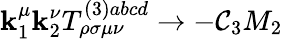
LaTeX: \mathbf{k}_{1}^{\mu}\mathbf{k}_{2}^{\nu}T_{\rho\sigma\mu\nu}^{(3)abcd}\rightarrow-\mathcal{C}_{3}M_{2}